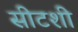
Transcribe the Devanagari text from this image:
सीटशी